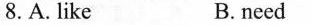
8.A.like B.need